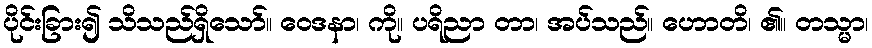
ပိုင်းခြား၍ သိသည်ရှိသော်။ ဝေဒနာ၊ ကို။ ပရိညာ တာ၊ အပ်သည်။ ဟောတိ၊ ၏။ တသ္မာ၊